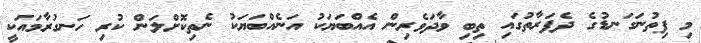
މި ފިތުނަގަނޑުގެ ދެފަރާތުގައި ތިބި ވާދަވެރިން އެއްބަޔަކު އަނެއްބަޔަކު ނެތިކޮށްލަން ކުރި ހަނގުރާމައަކީ